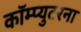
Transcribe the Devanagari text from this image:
कॉम्प्युटरना